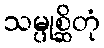
သမ္ပုစ္ဆိတုံ